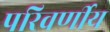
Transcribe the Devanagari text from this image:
परिवर्णीय